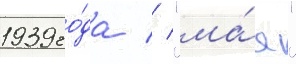
1939 го́да // "ма́я"